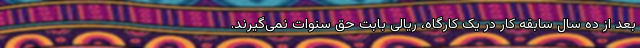
بعد از ده سال سابقه کار در یک کارگاه، ریالی بابت حق سنوات نمی‌گیرند.